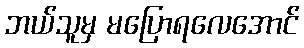
ဘယ်သူမှ မပြောရလေအောင်